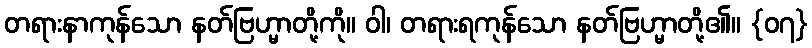
တရားနာကုန်သော နတ်ဗြဟ္မာတို့ကို။ ဝါ၊ တရားရကုန်သော နတ်ဗြဟ္မာတို့၏။ {၀၇}